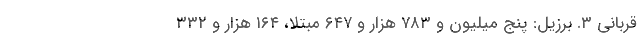
قربانی ۳. برزیل: پنج میلیون و ۷۸۳ هزار و ۶۴۷ مبتلا، ۱۶۴ هزار و ۳۳۲